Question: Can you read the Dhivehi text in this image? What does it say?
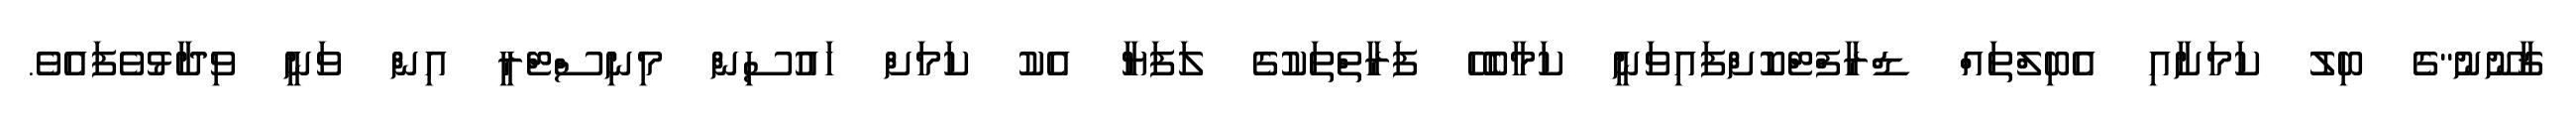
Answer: ޤާނޫނު"ގެ ބިލު ކަމަށާއި އެބިލްތައް ޑްރާފްޓްކޮށްފައިވަނީ ކަމާބެހޭ ފަރާތްތަކުގެ ލަފަޔާ އެކު ކަމަށް ހައުސިން މިނިސްޓްރީ އިން ވަނީ ވިދާޅުވެފައެވެ.